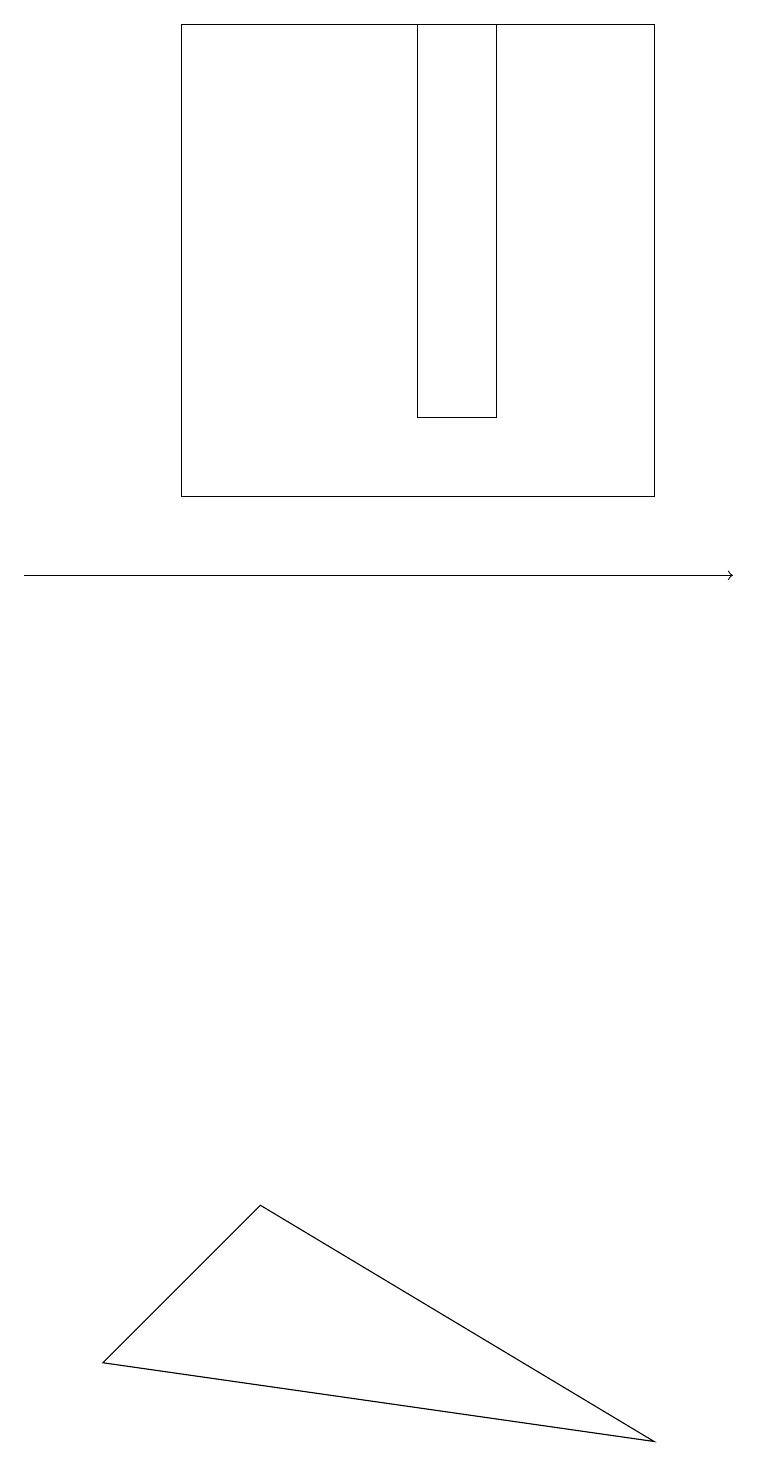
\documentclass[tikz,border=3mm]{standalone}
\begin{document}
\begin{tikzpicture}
\draw (8,1) -- (1,2) -- (3,4) -- cycle;
\draw[->] (0,12) -- (9,12);
\draw (2,19) rectangle (8,13);
\draw (5,19) rectangle (6,14);
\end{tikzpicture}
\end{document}